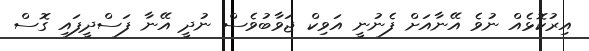
އިރުކޮޅެއް ނުވެ އޭނާއަށް ފެނުނީ އަވިކް ޖަވާބުވެސް ނުދީ އޭނާ ފަސްދީފައި ގޮސް